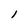
Character: l